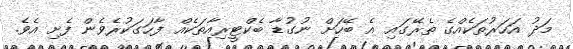
މަދު އަހަރުތަކެއްގެ ތެރޭގައި އެ ބޭހަށް ނުގުޑާ ބެކްޓީރިއާތަކެއް ފާހަގަކުރެވެން ފެށި އެވެ.